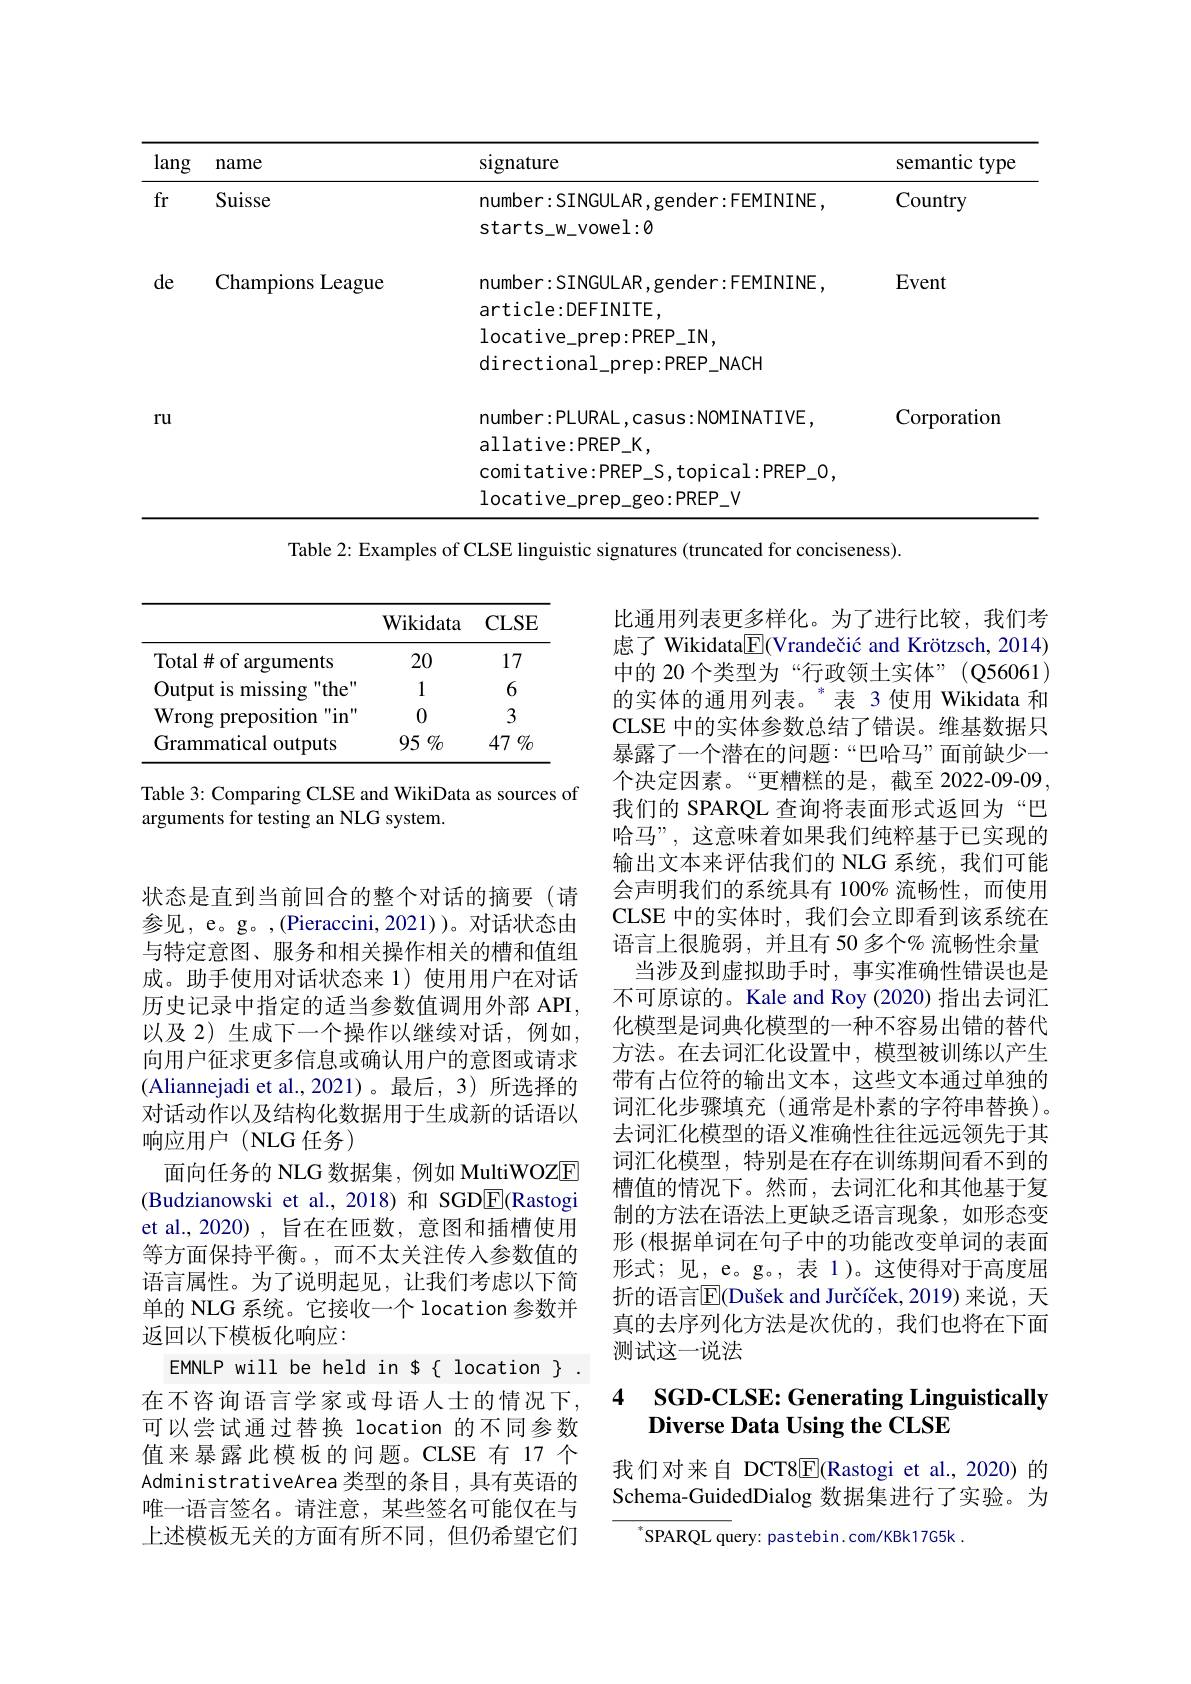
<table>
	<tbody>
		<tr>
			<th>lang</th>
			<th>name</th>
			<th>signature</th>
			<th>semantic type</th>
		</tr>
		<tr>
			<td>fr</td>
			<td>Suisse</td>
			<td>number:SINGULAR,gender:FEMININE, starts_w_vowel:0</td>
			<td>Country</td>
		</tr>
		<tr>
			<td> </td>
			<td> </td>
			<td>$\arctan$cie:DEFINIIE, $locative\_prep:PREP\_IN$, directional_prep:PREP_NACH</td>
			<td> </td>
		</tr>
		<tr>
			<td>$ru$</td>
			<td> </td>
			<td>number:PLURAL,casus:NOMINATIVE, allative:PREP_K, comitative: PREP$\_$S, topical: PREP$\_$0, locative_prep_geo:PREP_V</td>
			<td>Corporation</td>
		</tr>
		<tr>
			<td> </td>
			<td> </td>
			<td>$allative:PREP\_K$,</td>
			<td> </td>
		</tr>
		<tr>
			<td> </td>
			<td> </td>
			<td>PRFH </td>
			<td> </td>
		</tr>
		<tr>
			<td> </td>
			<td> </td>
			<td>$|oca+i$ $)\cdot PRFP$ $V$</td>
			<td> </td>
		</tr>
	</tbody>
</table>

Table 2: Examples of CLSE linguistic signatures (truncated for conciseness).

<table>
	<tbody>
		<tr>
			<th> </th>
			<th>$\mathbf{Wikidata}$</th>
			<th>$CLSE$</th>
		</tr>
		<tr>
			<td>Total# of arguments</td>
			<td>20</td>
			<td>17</td>
		</tr>
		<tr>
			<td>Output is missing " the$" ^{\prime }$</td>
			<td>1</td>
			<td></td>
		</tr>
		<tr>
			<td>Wrong preposition </td>
			<td>0</td>
			<td>3</td>
		</tr>
		<tr>
			<td>Grammatical outputs</td>
			<td>$95\%$</td>
			<td>47 $\%$</td>
		</tr>
	</tbody>
</table>

Table 3: Comparing CLSE and WikiData as sources of
arguments for testing an NLG system.

比通用列表更多样化。为了进行比较，我们考虑了 Wikidata$\boxed{\mathrm{F}}$(Vrandečić and Krötzsch, 2014) 中的 20 个类型为“行政领土实体”(Q56061) 的实体的通用列表。$^{*}$表 3 使用 Wikidata 和CLSE 中的实体参数总结了错误。维基数据只暴露了一个潜在的问题：“巴哈马”面前缺少一个决定因素。“更糟糕的是，截至 2022-09-09, 我们的 SPARQL 查询将表面形式返回为“巴哈马”,这意味着如果我们纯粹基于已实现的输出文本来评估我们的 NLG 系统，我们可能会声明我们的系统具有 100% 流畅性，而使用CLSE 中的实体时，我们会立即看到该系统在语言上很脆弱，并且有 50 多个% 流畅性余量
当涉及到虚拟助手时，事实准确性错误也是不可原谅的。Kale and Roy (2020) 指出去词汇化模型是词典化模型的一种不容易出错的替代方法。在去词汇化设置中，模型被训练以产生带有占位符的输出文本，这些文本通过单独的词汇化步骤填充(通常是朴素的字符串替换)。去词汇化模型的语义准确性往往远远领先于其词汇化模型，特别是在存在训练期间看不到的槽值的情况下。然而，去词汇化和其他基于复制的方法在语法上更缺乏语言现象，如形态变形 (根据单词在句子中的功能改变单词的表面形式；见，e。g。,表 1)。这使得对于高度屈折的语言$\overline{\mathrm{E}}($Dušek and Jurčíček, 2019)来说，天真的去序列化方法是次优的，我们也将在下面测试这一说法

状态是直到当前回合的整个对话的摘要(请参见，e。g。,(Pieraccini,2021))。对话状态由与特定意图、服务和相关操作相关的槽和值组成。助手使用对话状态来 1)使用用户在对话历史记录中指定的适当参数值调用外部 API, 以及 2) 生成下一个操作以继续对话，例如， 向用户征求更多信息或确认用户的意图或请求(Aliannejadi et al.,2021)。最后，3)所选择的对话动作以及结构化数据用于生成新的话语以响应用户(NLG任务)
面向任务的 NLG 数据集，例如 MultiWOZE (Budzianowski et al.,2018)和 SGDE(Rastogi et al., 2020) , 旨在在匝数，意图和插槽使用等方面保持平衡。,而不太关注传入参数值的语言属性。为了说明起见，让我们考虑以下简单的 NLG 系统。它接收一个 location 参数并返回以下模板化响应：
EMNLP will be held in $$$$ location $ 在不咨询语言学家或母语人士的情况下， 可以尝试通过替换 location 的不同参数值来暴露此模板的问题。CLSE 有 17 个AdministrativeArea 类型的条目，具有英语的唯一语言签名。请注意，某些签名可能仅在与上述模板无关的方面有所不同，但仍希望它们

# 4 SGD-CLSE: Generating Linguistically Diverse Data Using the CLSE

我们对来自 DCT8E(Rastogi et al.,2020)的Schema-GuidedDialog 数据集进行了实验。为

$^{*}$SPARQL query: pastebin.com/KBk17G5k